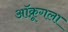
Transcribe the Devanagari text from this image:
ऑक्रूगला